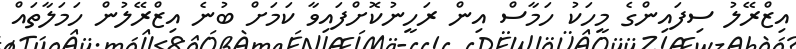
އިޒްރޭލު ސިފައިންގެ މީހަކު ހަމާސް އިން ރަހީނުކޮށްފައިވާ ކަމަށް ބުނެ އިޒްރޭލުން ހަމަލާތައް